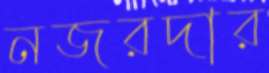
নজরদার